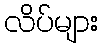
လိပ်များ